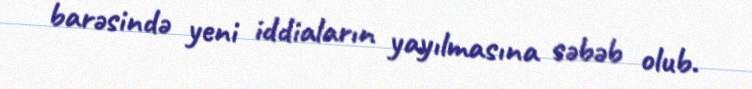
barəsində yeni iddiaların yayılmasına səbəb olub.